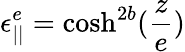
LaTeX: \epsilon_{||}^{e}=\textrm{cosh}^{2b}(\frac{z}{e})